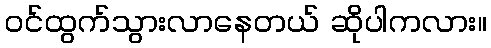
ဝင်ထွက်သွားလာနေတယ် ဆိုပါကလား။